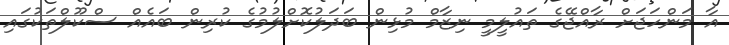
އާ މަންހަޖަށް ރާއްޖޭގެ ތައުލީމީ ނިޒާމް މުޅިން ބަދަލުކޮށްލުމުގެ ކުރިން ބައެއް ސްކޫލްތަކުގައި